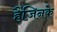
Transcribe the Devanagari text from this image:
हैंजिनके